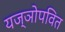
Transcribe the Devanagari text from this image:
यज्ञोपवित